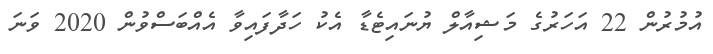
އުމުރުން 22 އަހަރުގެ މަޝިއާލް ޔުނައިޓެޑާ އެކު ހަދާފައިވާ އެއްބަސްވުން 2020 ވަނަ